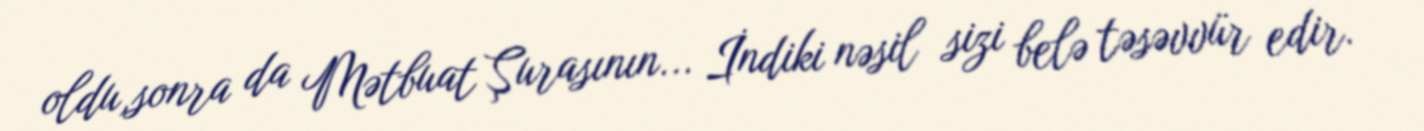
oldu,sonra da Mətbuat Şurasının... İndiki nəsil sizi belə təsəvvür edir.